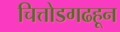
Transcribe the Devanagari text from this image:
चित्तोडगढहून